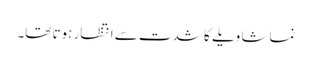
نماشا ویلے کا شدت سے انتظار ہوتا تھا۔